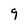
Character: 9